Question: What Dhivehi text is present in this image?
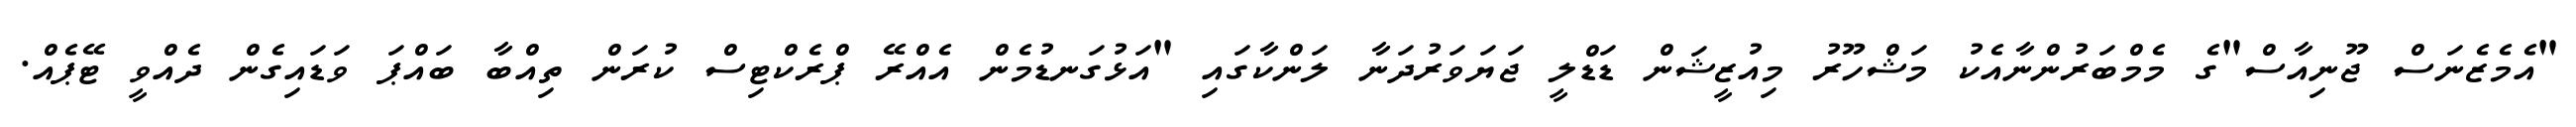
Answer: "އެމެޒެނަސް ޖޫނިއާސް"ގެ މެމްބަރުންނާއެކު މަޝްހޫރު މިއުޒީޝަން ޑަޑްލީ ޖަޔަވަރުދަނާ ލަންކާގައި "އަޅުގަނޑުމެން އެއްރޭ ޕްރެކްޓިސް ކުރަން ތިއްބާ ބައްޕަ ވަޑައިގެން ދެއްވީ ޓޭޕެއް.